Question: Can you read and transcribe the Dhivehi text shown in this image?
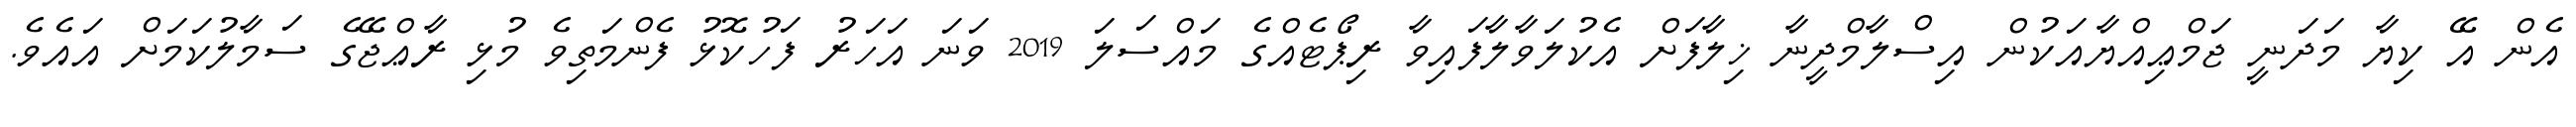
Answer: އެން އޭ ކިޔާ މަދަނީ ޖަމްޢިއްޔާއަކުން އިސްލާމްދީނާ ޚިލާފަށް އެކުލަވާލާފައިވާ ރިޕޯޓެއްގެ މައްސަލަ 2019 ވަނަ އަހަރު ފަހުކޮޅު ފެންމަތިވެ މުޅި ރާޢްޖޭގެ ސަމާލުކަމަށް އައެވެ.